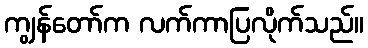
ကျွန်တော်က လက်ကာပြလိုက်သည်။